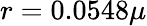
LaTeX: r=0.0548\mu